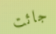
جائت